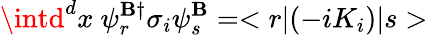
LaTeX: \intd^{d}x~\psi_{r}^{\mathbf{B}\dagger}\sigma_{i}\psi_{s}^{\mathbf{B}}=<r|(-iK_{i})|s>